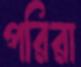
পরিরা